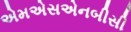
એમએસએનબીસી